Mental hospitals Bombay report 1921-28 - 1921-1928
Year: 1921
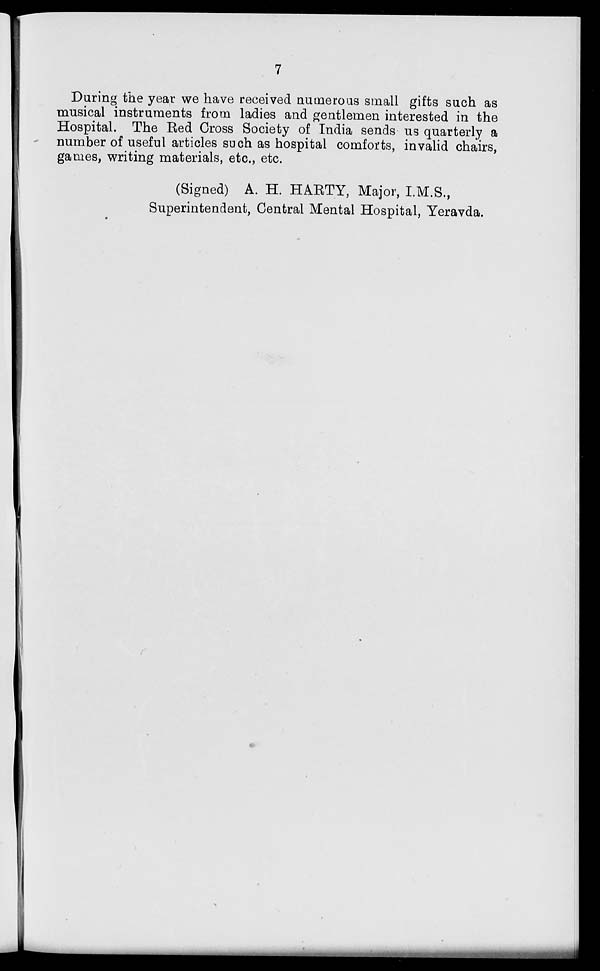
7
During the year we have received numerous small gifts such as
musical instruments from ladies and gentlemen interested in the
Hospital. The Red Cross Society of India sends us quarterly a
number of useful articles such as hospital comforts, invalid chairs,
games, writing materials, etc., etc.
(Signed) A. H. HARTY, Major, I.M.S.,
Superintendent, Central Mental Hospital, Yeravda.